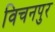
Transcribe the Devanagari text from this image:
विचनपुर